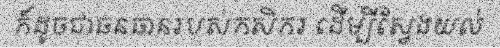
ក៏ដូចជាធនធានរបស់កសិករ ដើម្បីស្វែងយល់